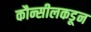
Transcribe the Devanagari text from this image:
कौन्सीलकडून